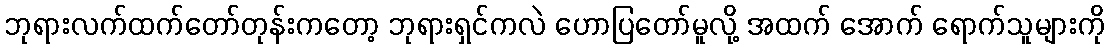
ဘုရားလက်ထက်တော်တုန်းကတော့ ဘုရားရှင်ကလဲ ဟောပြတော်မူလို့ အထက် အောက် ရောက်သူများကို